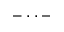
- \cdot \cdot \, -